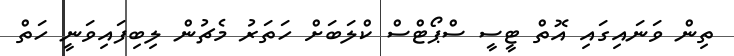
ތިން ވަނައިގައި އޮތް ޓީސީ ސްޕޯޓްސް ކްލަބަށް ހަތަރު މެޗުން ލިބިފައިވަނީ ހަތް